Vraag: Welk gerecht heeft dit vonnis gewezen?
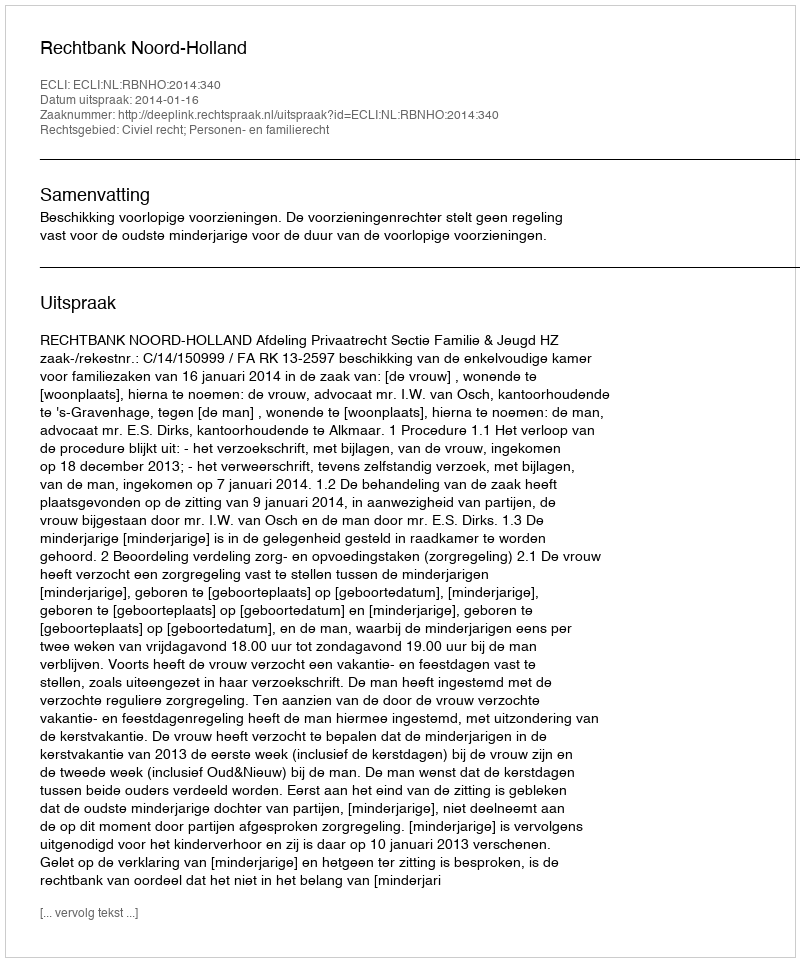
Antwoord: Rechtbank Noord-Holland